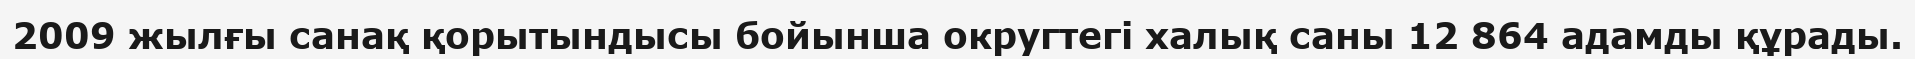
2009 жылғы санақ қорытындысы бойынша округтегі халық саны 12 864 адамды құрады.